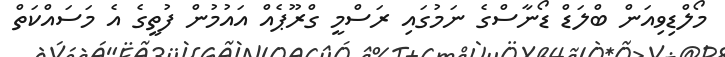
މޯލްޑިވިއަން ބްލަޑް ޑޯނާސްގެ ނަމުގައި ރަސްމީ ގްރޫޕެއް އައުމުން ފުތީގެ އެ މަސައްކަތް